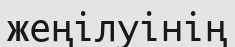
жеңілуінің